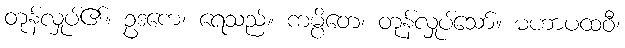
တုန်လှုပ်၏။ ဥဒကေ၊ ရေသည်။ ကမ္ပိတေ၊ တုန်လှုပ်သော်။ မဟာပထဝီ၊